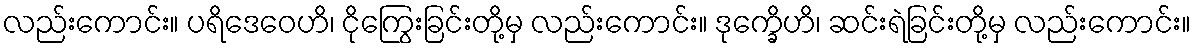
လည်းကောင်း။ ပရိဒေဝေဟိ၊ ငိုကြွေးခြင်းတို့မှ လည်းကောင်း။ ဒုက္ခေိဟိ၊ ဆင်းရဲခြင်းတို့မှ လည်းကောင်း။